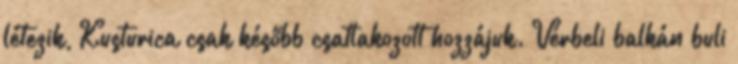
létezik, Kusturica csak később csatlakozott hozzájuk. Vérbeli balkán buli